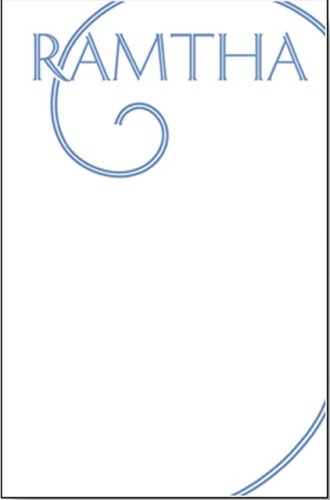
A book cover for Ramtha: The White Book; Ramtha; Religion & Spirituality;